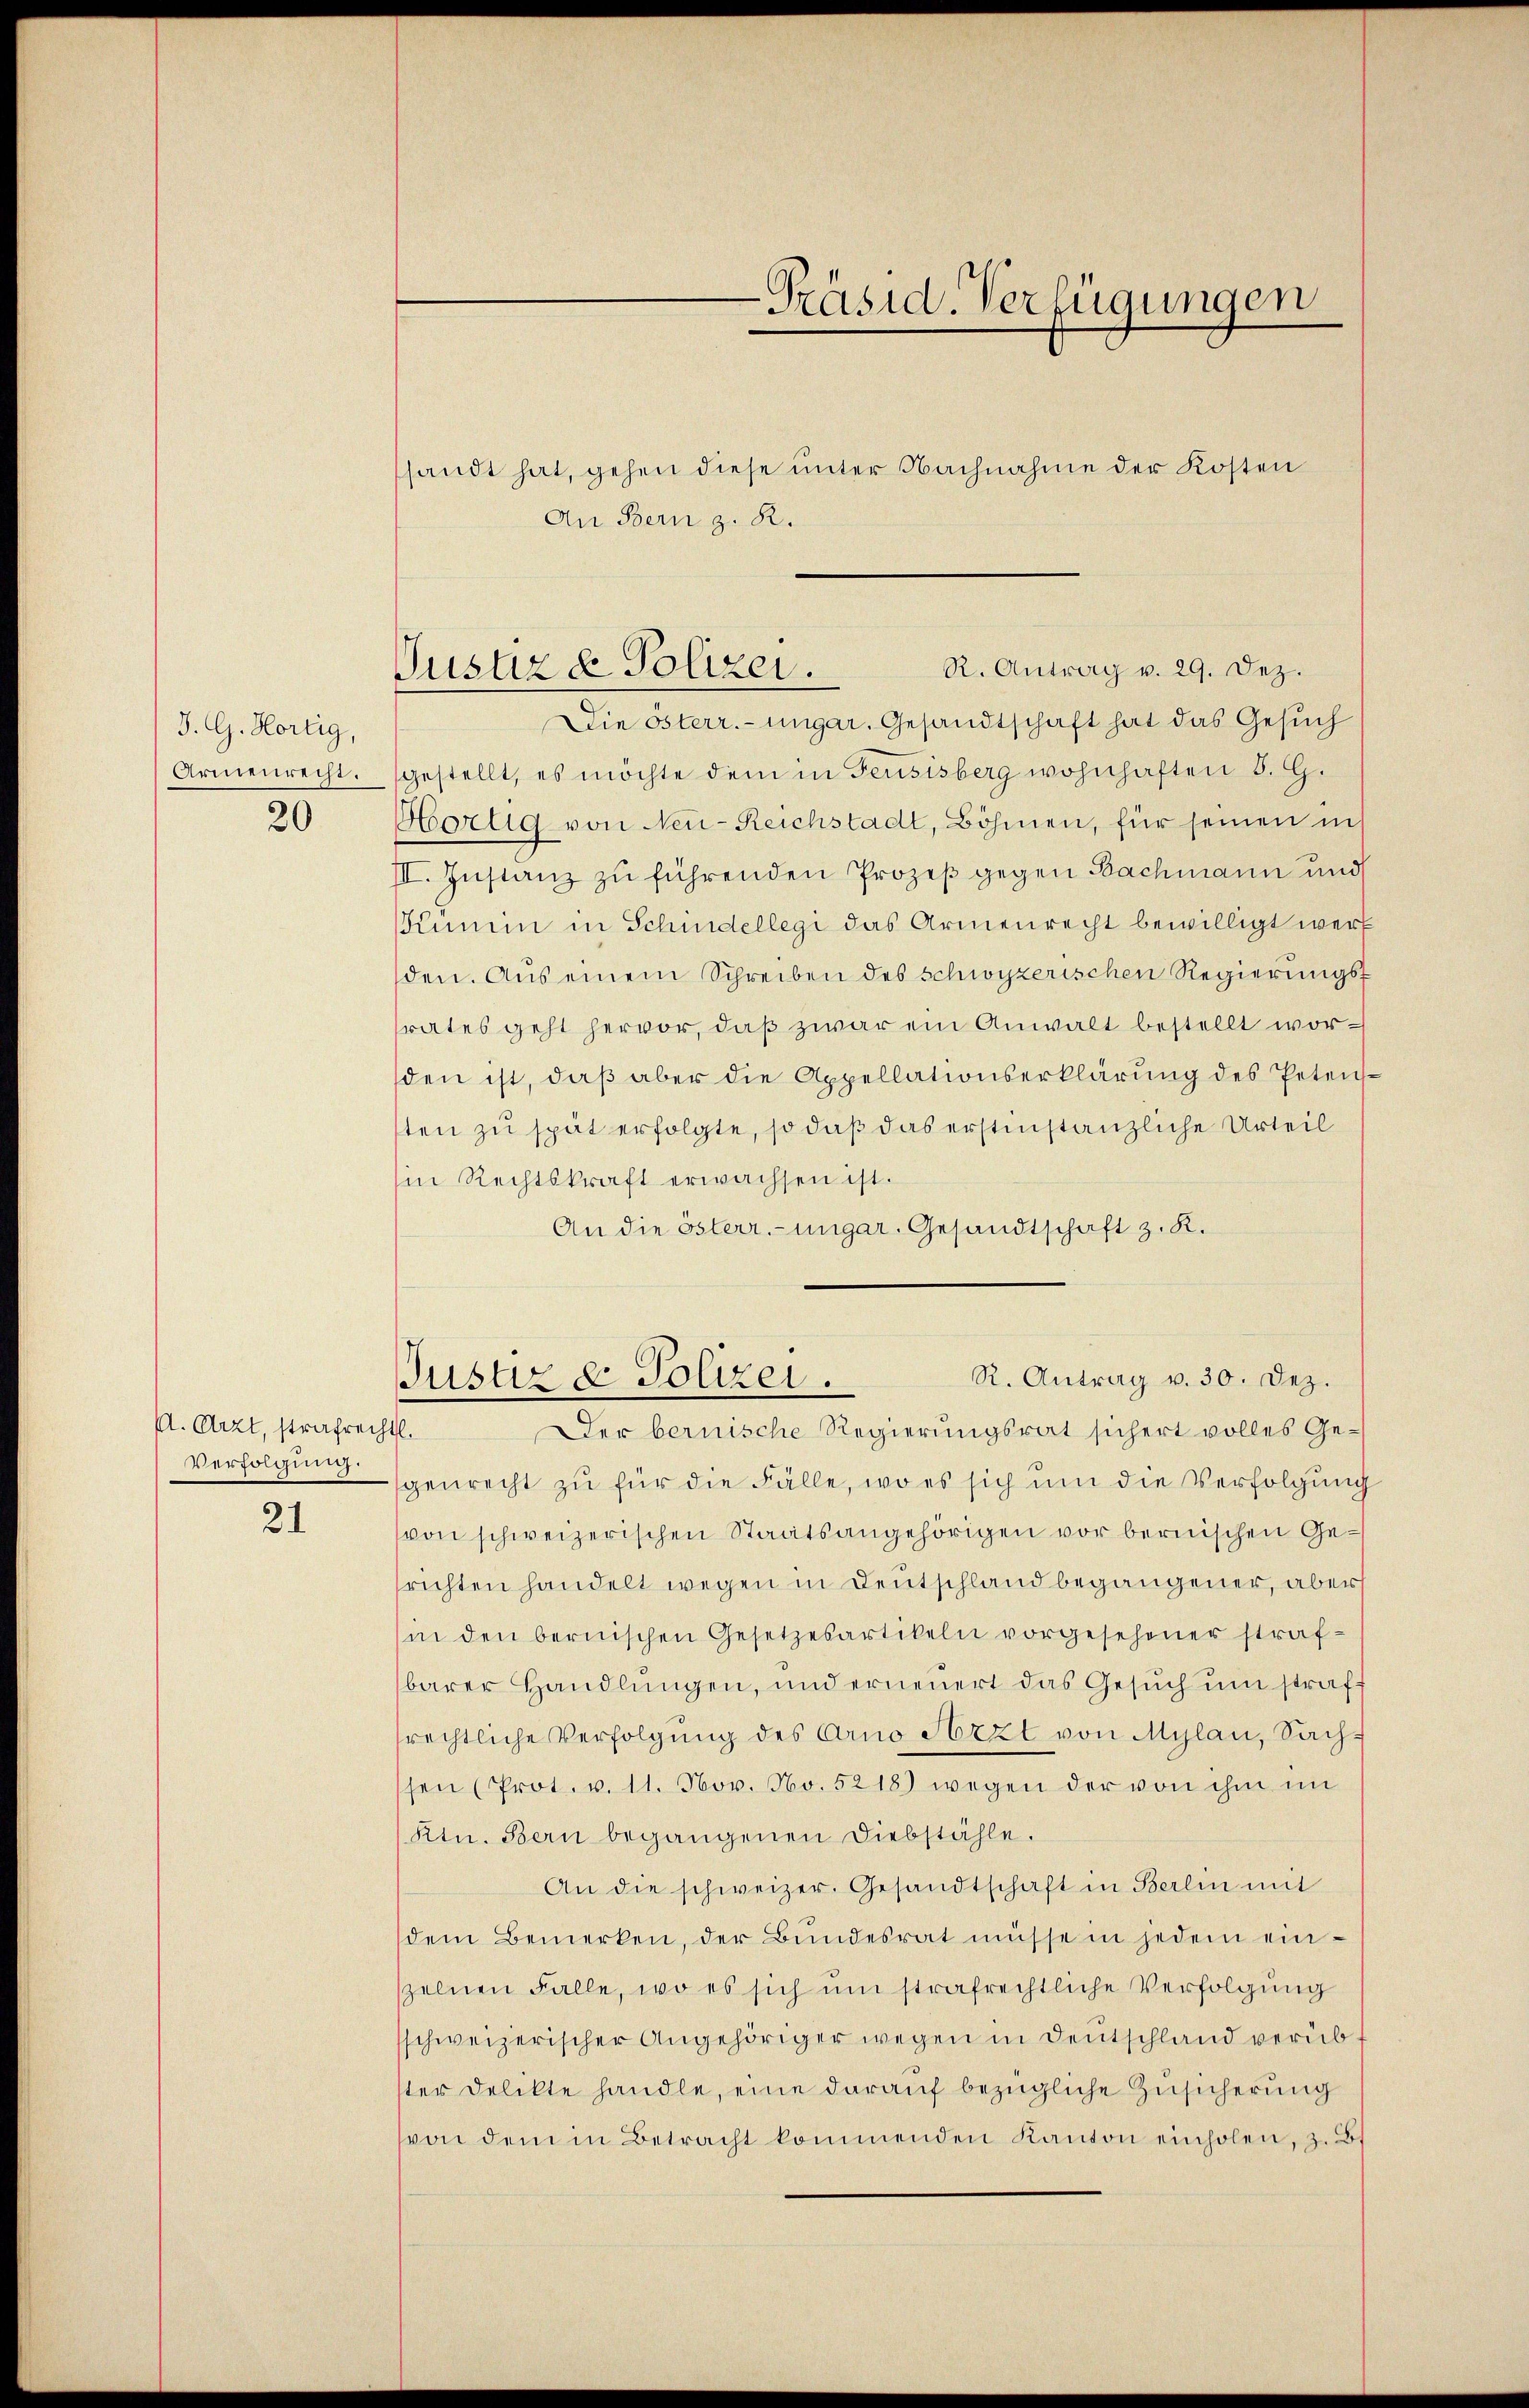
J. G. Hortig,
Armenrecht.
20

A. Arzt, strafrechtl.
Verfolgung.

21

-Präsid. Verfügungen

An Bern z. R.

ssandt hat, gehen diese unter Nachnahme der Kosten

R. Antrag v. 29. Dez.
Justiz & Polizei.

Die Österr.-ungar. Gesandtschaft hat das Gesuch
gestellt, es möchte dem in Feusisberg wohnhaften 5. G.
Hortig von Neu-Reichstadt, Böhmen, für seinen in
III. Instanz zu führenden Prozeß gegen Bachmann und
Künii in Schindellegi das Armenrecht bewilligt werf
den. Aus einem Schreiben des Schwyzerischen Regierungsrates geht hervor, daß zwar ein Anwalt bestellt worden ist, daβ aber die Appellationserklärung des Petens-
ten zu spät erfolgte, so daß das erstinstanzliche Urteil
Ein Rechtskraft erwachsen ist.
An die österr.-ungar. Gesandtschaft z. R.

R. Antrag v. 30. Dez.
Justiz & Polizei.

Der bernische Regierungsrat sichert volles Ge-
genrecht zu für die Fälle, wo es sich um die Verfolgung
(von schweizerischen Staatsangehörigen vor bernischen Gesrichten handelt wegen in Deutschland begangener, aber
in den bernischen Gesetzesartikeln vorgesehener straf-
barer Handlungen, und erneuert das Gesŭch um straft
rechtliche Verfolgung des Arno Arzt von Mylan, Sachsen (Prot. v. 11. Nov. No. 5218) wegen der von ihm im
Ktn. Bern begangenen Diebstähle.
An die schweizer. Gesandtschaft in Berlin mit
dem Bemerken, der Bŭndesrat müsse in jedem einzelnen Falle, wo es sich um strafrechtliche Verfolgung
sschweizerischer Angehöriger wegen in Deutschland verüb
ster Delikte handle, eine darauf bezügliche Zusicherung
von dem in Betracht kommenden Kanton einholen, z. B.